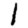
Digit: 1